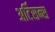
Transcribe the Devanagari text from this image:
अर्टिसन्स